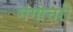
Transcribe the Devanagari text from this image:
गंगोत्तरी